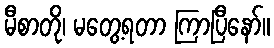
မီစာတို၊ မတွေ့ရတာ ကြာပြီနော်။